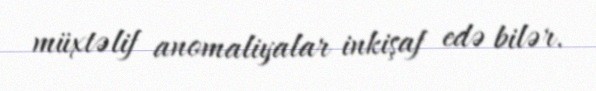
müxtəlif anomaliyalar inkişaf edə bilər.